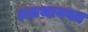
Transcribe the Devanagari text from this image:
अग्रभागवत